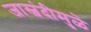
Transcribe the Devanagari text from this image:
जास्वंदीमुळे